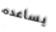
يساعده